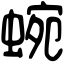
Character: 蜿